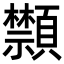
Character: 䫴